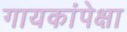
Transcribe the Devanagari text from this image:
गायकांपेक्षा